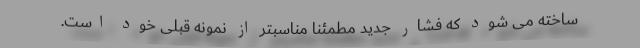
ساخته می شود که فشار جدید مطمئناً مناسبتر از نمونه قبلی خود است.